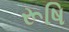
રૂષિ